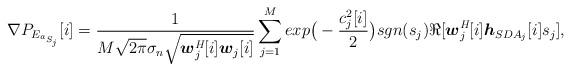
LaTeX: \begin{align*} \nabla P_{E_{a_{S_j}}}[i] = \frac{1}{M\sqrt{2\pi}\sigma_{n}\sqrt{{\boldsymbol w}^\emph{H}_j[i]{\boldsymbol w}_j[i]}}\sum^{M}_{j=1}exp\big(-\frac{c^2_j[i]}{2}\big)sgn(s_j)\Re[{\boldsymbol w}^\emph{H}_j[i]{\boldsymbol h}_{SDA_j}[i]s_j],\end{align*}